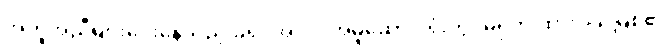
အကူအညီများပေးနေသည့် ခရိုင်အလုပ်အမှုဆောင် ရုံးတွင်မရှိဘဲ ထားဝယ်မြစ်၏